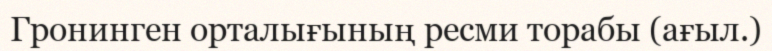
Гронинген орталығының ресми торабы (ағыл.)